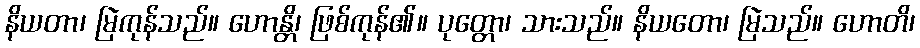
နိယတာ၊ မြဲကုန်သည်။ ဟောန္တိ၊ ဖြစ်ကုန်၏။ ပုတ္တော၊ သားသည်။ နိယတော၊ မြဲသည်။ ဟောတိ၊